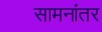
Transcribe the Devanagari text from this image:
सामनांतर